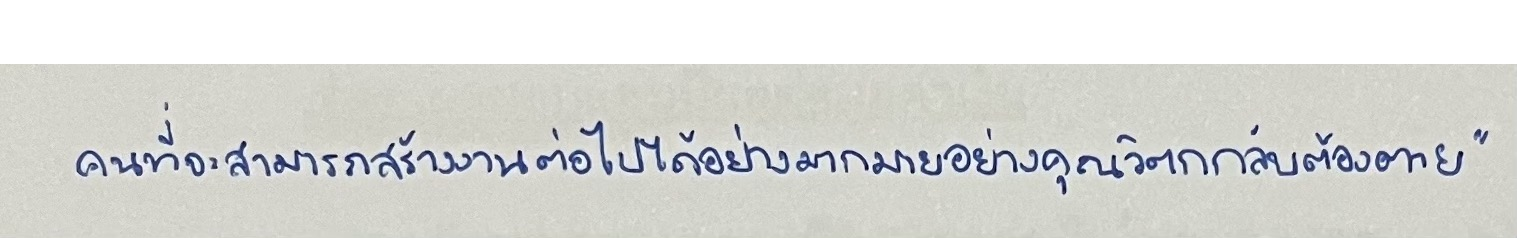
คนที่จะสามารถสร้างงานต่อไปได้อย่างมากมายอย่างคุณวิตกกลับต้องตาย"